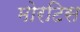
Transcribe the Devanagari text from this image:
मोरटिस